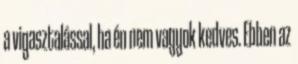
a vigasztalással, ha én nem vagyok kedves. Ebben az